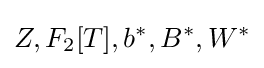
Z,F_{2}[T],b^{\ast },B^{\ast },W^{\ast }